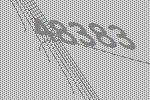
48383